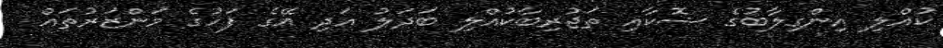
ކުއްލި އިންގިލާބުގެ ޝޮކާއި ތަޖުރިބާކުއްލި ބަދަލު އަދި އޭގެ ފަހުގެ މަންޒަރުތައް